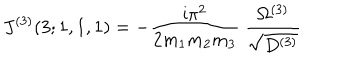
LaTeX: J ^ { ( 3 ) } ( 3 ; 1 , 1 , 1 ) = - \frac { \mathrm { i } \pi ^ { 2 } } { 2 m _ { 1 } m _ { 2 } m _ { 3 } } \; \frac { \Omega ^ { ( 3 ) } } { \sqrt { D ^ { ( 3 ) } } }